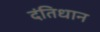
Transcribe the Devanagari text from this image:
दंतिधान